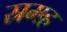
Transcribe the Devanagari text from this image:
स्रमह